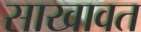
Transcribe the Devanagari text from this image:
साखावत